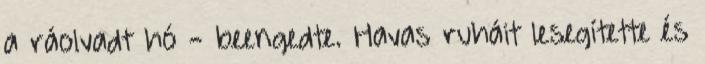
a ráolvadt hó - beengedte. Havas ruháit lesegítette és